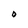
Character: O